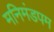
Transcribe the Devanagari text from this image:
मनिमंडपम